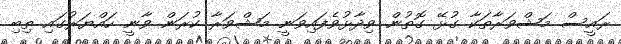
ރައީސް މަޝްވަރާތަކާ ގުޅޭ ގޮތުން ވިދާޅުވެފައިވަނީ މަޝްވަރާ ކުރަން ވާނީ ހައްޔަރުގައި ތިބި